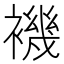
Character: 𧝞